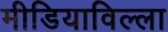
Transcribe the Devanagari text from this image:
मीडियाविल्ला